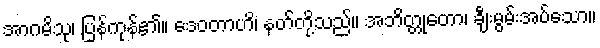
အာဂမိသု၊ ပြန်ကုန်၏။ ဒေဝတာဟိ၊ နတ်တို့သည်။ အဘိတ္တုတော၊ ချီးမွမ်းအပ်သော။